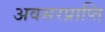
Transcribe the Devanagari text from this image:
अवसरप्राप्ति